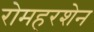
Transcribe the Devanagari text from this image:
रोमहरशेन